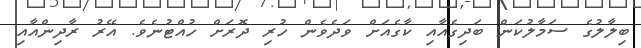
ބިލާލުގެ ސަމާލުކަން ބަދިގެއާއި ކާގެއަށް ވަދެވެން ހުރި ދޮރަށް ހުއްޓުނެވެ. އޭރު ރާދިންއާއި